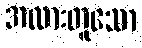
အလားတူသော